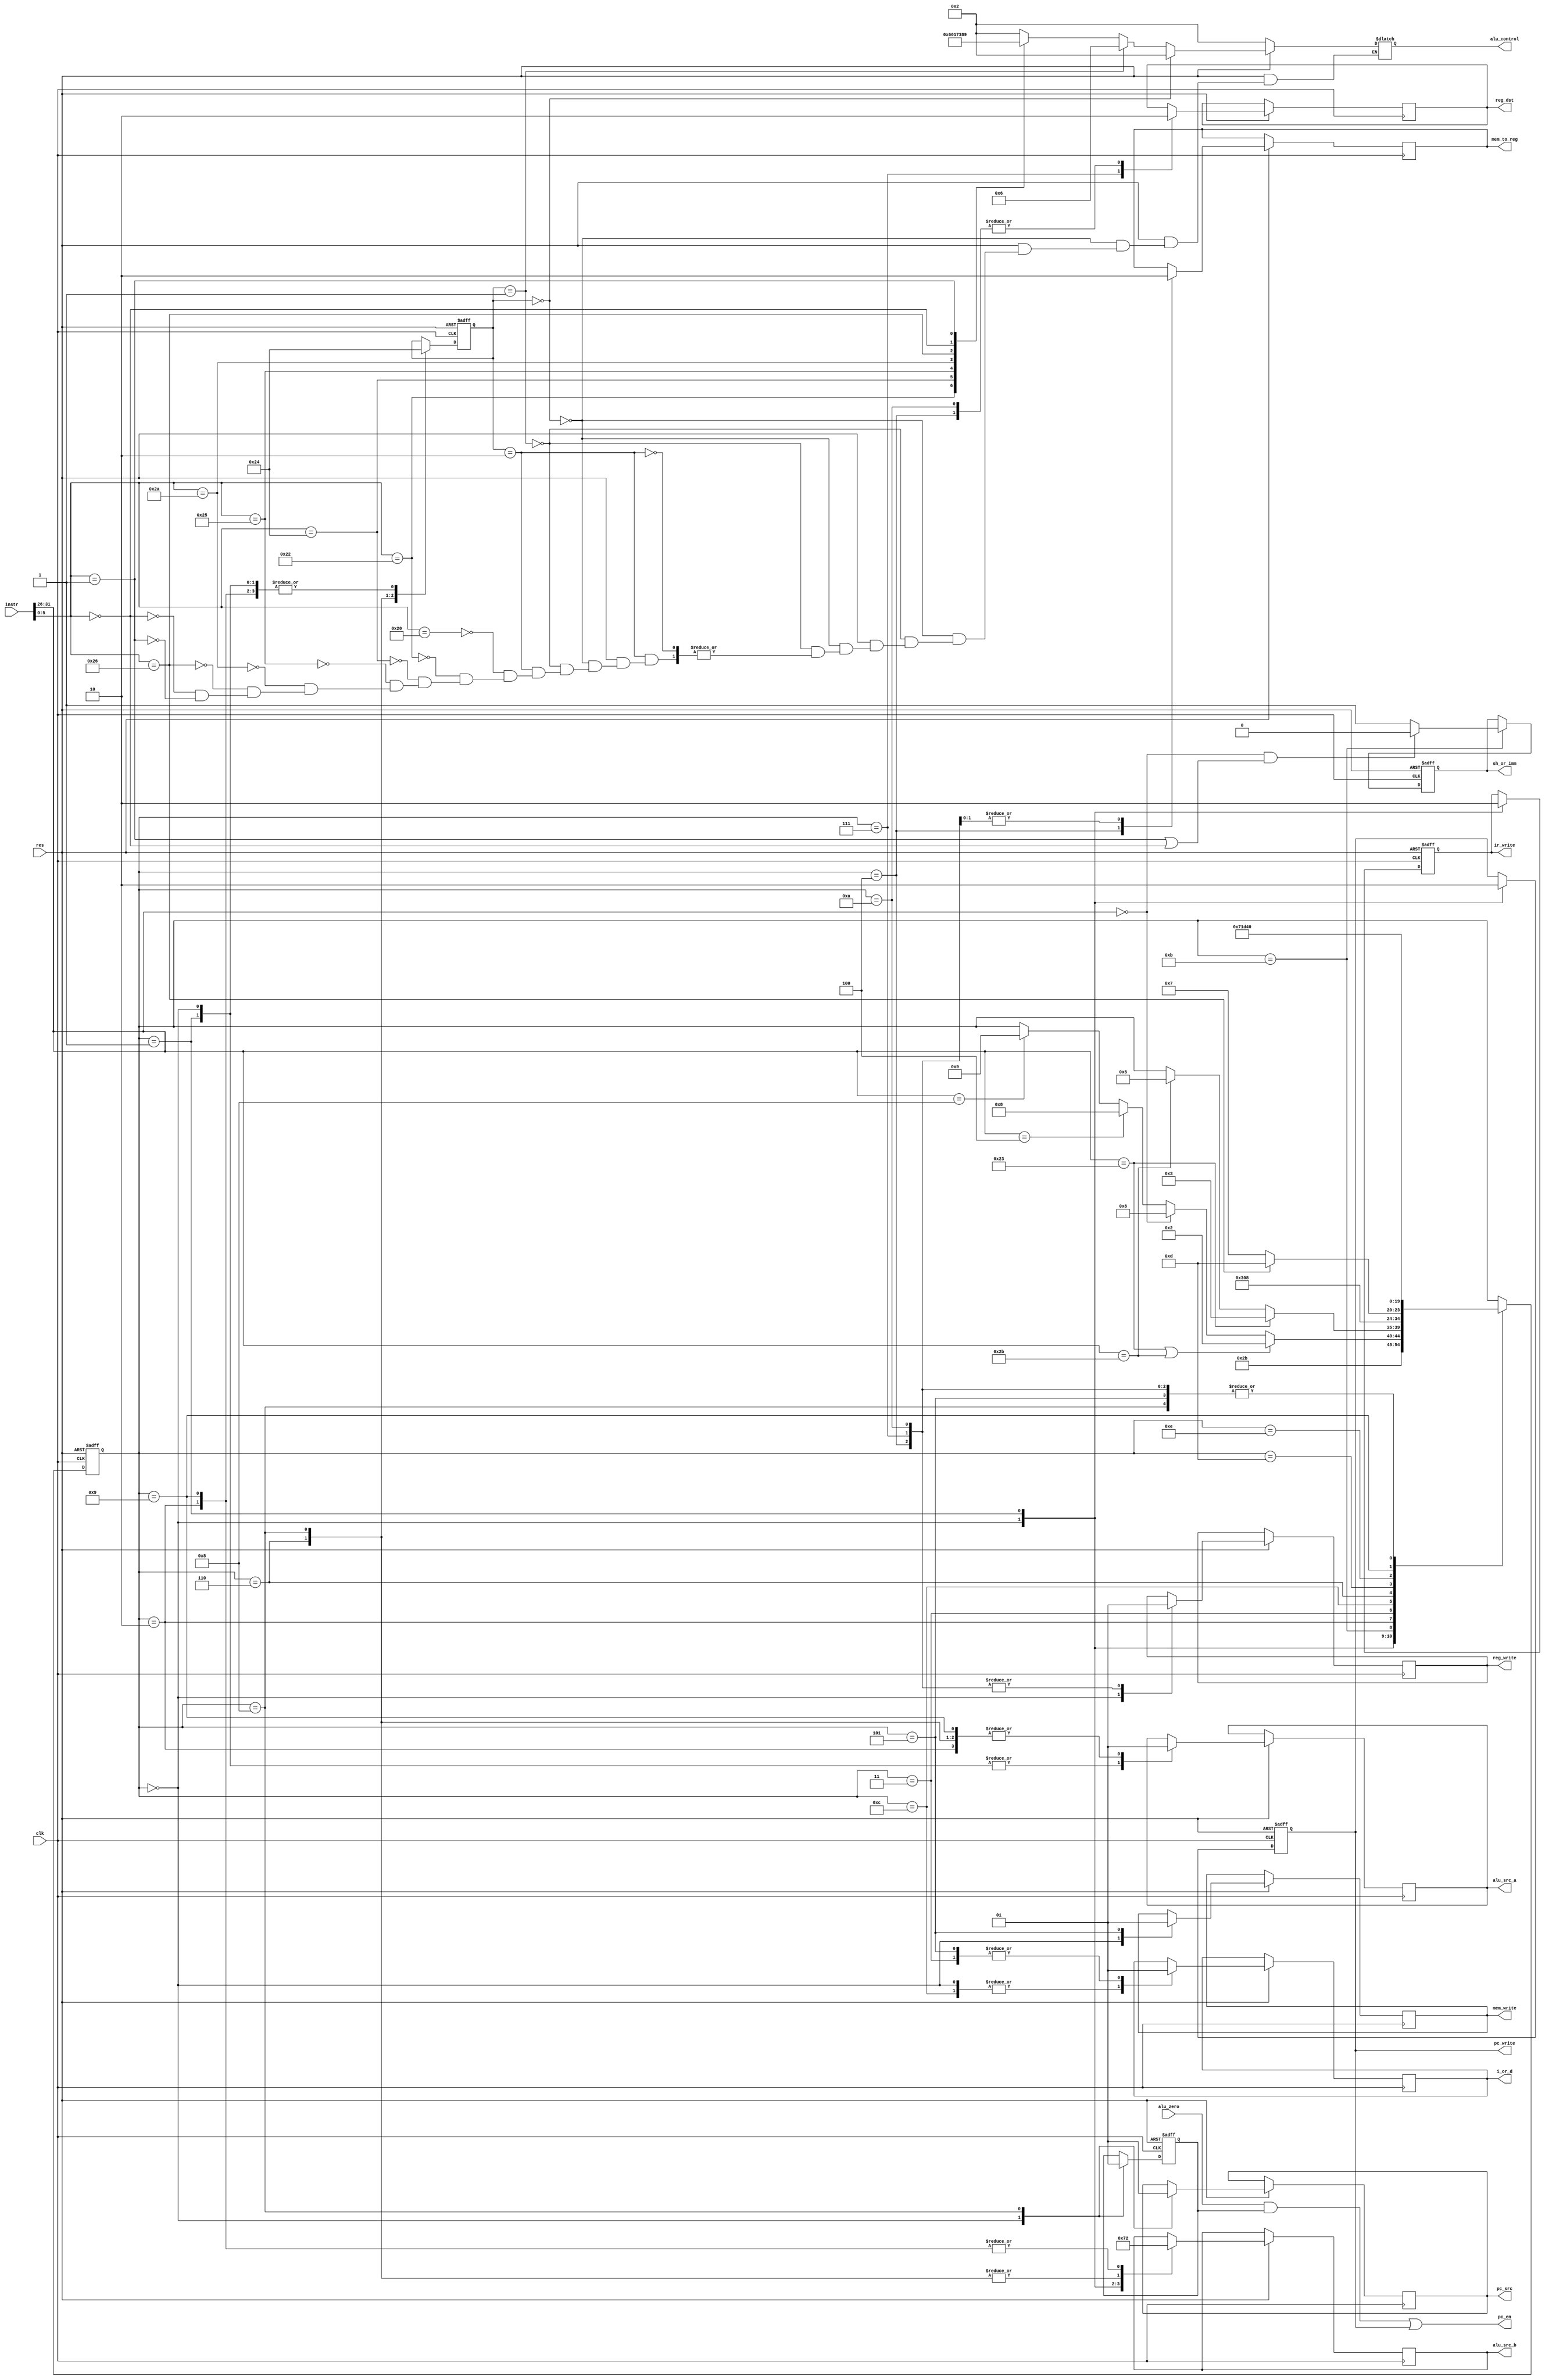
module control_unit(
	input [31:0] instr,
  input        clk,
  input        res,
  input        alu_zero,
  output reg   mem_to_reg, reg_dst,
  output reg   i_or_d, pc_src, alu_src_a,
  output reg   [1:0] alu_src_b,
  output reg   ir_write, mem_write, pc_write,
  output       pc_en,
  output reg   reg_write, sh_or_imm,
  output reg   [3:0] alu_control
);

//Name of states
localparam FETCH 				= 5'd0;
localparam DECODE 			= 5'd1;
localparam MEM_ADR 			= 5'd2;
localparam MEM_RD 			= 5'd3;
localparam MEM_WR_BC 		= 5'd4;
localparam MEM_WR 			= 5'd5;
localparam EXECUTE 			= 5'd6;
localparam ALU_WR_BC 		= 5'd7;
localparam BRANCH 			= 5'd8;
localparam ADDI_EXECUTE = 5'd9;
localparam ADDI_WR_BC 	= 5'd10;
localparam IDLE 				= 5'd11;
localparam LW_WAIT   		= 5'd12;
localparam PROD_WAIT1		= 5'd13;
localparam PROD_WAIT2		= 5'd14;
//opcodec
localparam LW   = 6'b100011;
localparam SW   = 6'b101011;
localparam R_T  = 6'b000000;
localparam BEQ  = 6'b000100;
localparam ADDI = 6'b001000;
//alu_control values
localparam A_ADD = 4'b0010;
localparam A_SUB = 4'b0110;
localparam A_AND = 4'b0000;
localparam A_OR  = 4'b0001;
localparam A_PRD = 4'b0011;
localparam A_SLT = 4'b0111;
localparam A_LSH = 4'b1000;
localparam A_RSH = 4'b1001;
//funct
localparam F_ADD 	= 6'b100000;
localparam F_SUB 	= 6'b100010;
localparam F_AND 	= 6'b100100;
localparam F_OR 	= 6'b100101;
localparam F_SLT 	= 6'b101010;
localparam F_PROD = 6'b100110;
localparam F_LSH 	= 6'b000000;
localparam F_RSH  = 6'b000001; 

reg [4:0] state, n_state;
reg [1:0] alu_op;
reg branch;

wire [5:0] opcode, funct;
assign opcode = instr [31:26];
assign funct = instr [5:0];

always@(posedge clk or negedge res)
if(!res)
	state <= FETCH;
 else
 	state <= n_state;
  
always@*
begin:main_fsm
n_state = state;
case(state)//synthesis parallel_case
	FETCH : n_state = DECODE;
  DECODE: n_state = IDLE;
  IDLE:begin
          if((opcode == LW) | (opcode == SW))
            n_state = MEM_ADR;
          else if(opcode == R_T)
            n_state = EXECUTE;
          else if(opcode == BEQ)
            n_state = BRANCH;    
          else if(opcode == ADDI)
            n_state = ADDI_EXECUTE;
  end
  MEM_ADR: begin
    if(opcode == LW)
      n_state = MEM_RD;
    else if(opcode == SW)
      n_state = MEM_WR;	  	
  end
  
  MEM_RD: 	 		n_state = LW_WAIT;
  LW_WAIT:			n_state = MEM_WR_BC;
  MEM_WR_BC: 		n_state = FETCH;
  MEM_WR:		 		n_state = FETCH;
  EXECUTE:begin
  	if(funct == F_PROD)
    	n_state = PROD_WAIT1;
    else
  		n_state = ALU_WR_BC;
  end
  PROD_WAIT1: n_state = PROD_WAIT2;
  PROD_WAIT2: n_state = ALU_WR_BC;
  ALU_WR_BC:		n_state = FETCH;
  BRANCH:		 		n_state = FETCH;
  ADDI_EXECUTE:	n_state = ADDI_WR_BC;
  ADDI_WR_BC:		n_state = FETCH;
endcase
end //main_fsm

always@(posedge clk or negedge res)
begin:seq_out
	if(!res)begin
  	alu_op   <= 2'b00;
    ir_write <= 1'b0;
    pc_write <= 1'b0;
    branch   <= 1'b0;
    sh_or_imm <= 1'b0;
  end
  else 
  	case(state)
    	FETCH: begin
      	i_or_d 		<= 1'b0;
        alu_src_a <= 1'b0;
        alu_src_b <= 2'b01;
        alu_op 		<= 2'b00;
        pc_src 		<= 1'b0;
        
        ir_write 	<= 1'b1;
        pc_write 	<= 1'b1;
        reg_write <= 1'b0;
        mem_write <= 1'b0;
        branch 		<= 1'b0;
      end
      DECODE:begin
      	alu_src_a <= 1'b0;
        alu_src_b <= 2'b11;
        alu_op 		<= 2'b00;
        ir_write  <= 1'b0;
        pc_write  <= 1'b0;

      end
      IDLE: begin
      	if((opcode == R_T) && ((funct == F_RSH)||(funct == F_LSH)))
        	sh_or_imm <= 1'b0;
        else
        	sh_or_imm <= 1'b1;
      end
      MEM_ADR:begin
      	alu_src_a <= 1'b1;
        alu_src_b <= 2'b10;
        alu_op 		<= 2'b00;
      end
      MEM_RD:begin
      	i_or_d <= 1'b1;	
      end
      LW_WAIT: i_or_d <= 1'b0;
      MEM_WR_BC:begin
      	reg_dst 	 <= 1'b0;
        mem_to_reg <= 1'b1;
        reg_write  <= 1'b1;
      end
      MEM_WR:begin
      	i_or_d 		<= 1'b1;
				mem_write <= 1'b1;        
      end
      EXECUTE:begin
      	alu_src_a <= 1'b1;
        alu_src_b <= 2'b00;
        alu_op 		<= 2'b10;
      end
      ALU_WR_BC:begin
      	reg_dst 	 <= 1'b1;
        mem_to_reg <= 1'b0;
        reg_write  <= 1'b1;
      end
      BRANCH:begin
      	alu_src_a <= 1'b1;
        alu_src_b <= 2'b00;
        alu_op 		<= 2'b01;
        pc_src 		<= 1'b1;
        branch 		<= 1'b1;
      end
      ADDI_EXECUTE:begin
      	alu_src_a <= 1'b1;
        alu_src_b <= 2'b10;
        alu_op 		<= 2'b00;
      end
      ADDI_WR_BC:begin
      	reg_dst 	 <= 1'b0;
        mem_to_reg <= 1'b0;
        reg_write  <= 1'b1;
      end
      
    endcase
end//seq_out

 
 
always@*
begin:alu_decoder
  if(!res)
    alu_control = A_ADD;
  else begin
    if(alu_op == 2'b00)
      alu_control = A_ADD;
    else if(alu_op == 2'b01)
      alu_control =A_SUB;
    else if(alu_op == 2'b10)
    begin
    	case(funct)
      	F_ADD:alu_control 	= A_ADD;
        F_SUB:alu_control 	= A_SUB;
        F_AND:alu_control 	= A_AND;
        F_OR :alu_control 	= A_OR;
        F_SLT:alu_control 	= A_SLT;
        F_PROD: alu_control = A_PRD;
        F_LSH: alu_control = A_LSH;
        F_RSH: alu_control = A_RSH;
      endcase
     end
  end
end//alu_decoder

assign pc_en = (alu_zero & branch) | pc_write;

endmodule